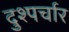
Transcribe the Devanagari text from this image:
दुश्पर्चार